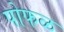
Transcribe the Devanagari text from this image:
पोफळ